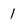
Character: 1